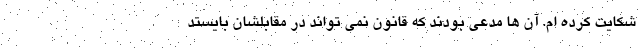
شکایت کرده ام. آن ها مدعی بودند که قانون نمی تواند در مقابلشان بایستد